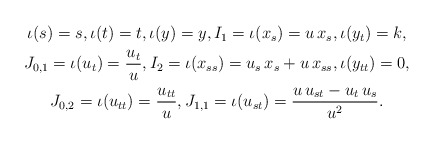
\begin{align*}\begin{gathered}\iota(s)=s,\iota(t)=t,\iota(y)=y,I_1=\iota(x_s) = u\, x_s,\iota(y_t)=k,\\J_{0,1}=\iota(u_t)=\frac{u_t}{u},I_2=\iota(x_{ss})=u_s\, x_s + u\, x_{ss},\iota(y_{tt})=0,\\ J_{0,2}=\iota(u_{tt})=\frac{u_{tt}}{u},J_{1,1}=\iota(u_{st})=\frac{u\, u_{st}-u_t\, u_s}{u^2}.\end{gathered}\end{align*}